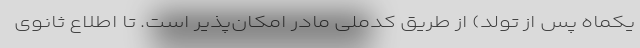
یکماه پس از تولد) از طریق کدملی مادر امکان‌پذیر است. تا اطلاع ثانوی